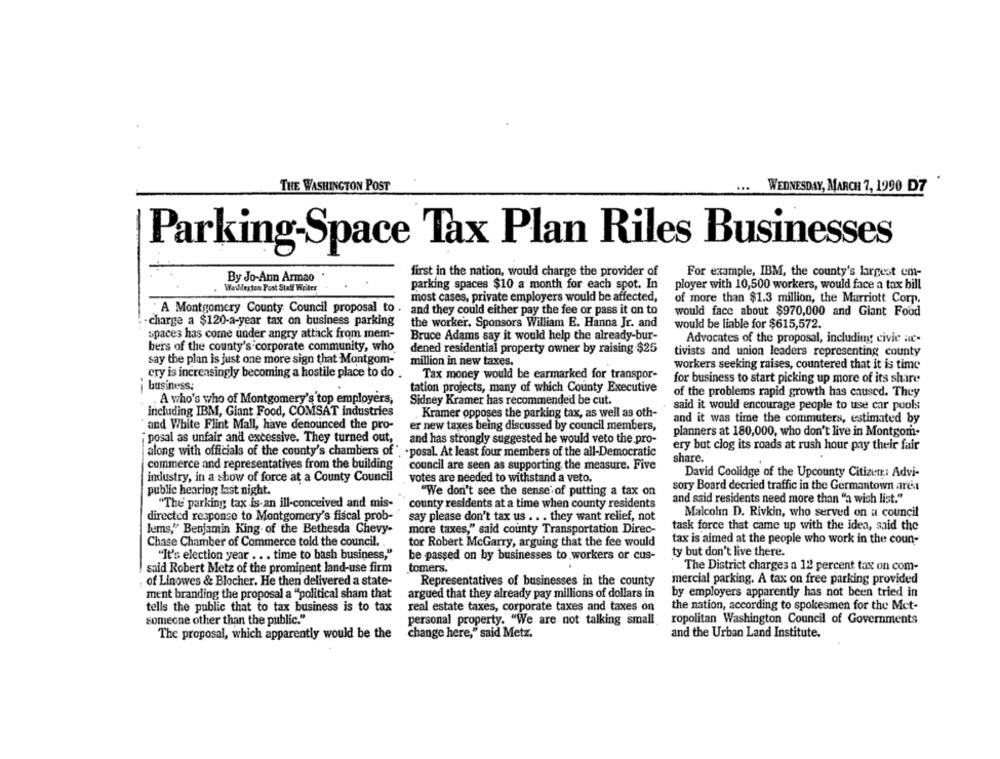
THE WASHINGTON POST
...
WEDNESDAY, MARCH 7, 1990 DZ
Parking-Space Tax Plan Riles Businesses
first in the nation, would charge the provider of
For example, IBM, the county's largest em-
By Jo-Ann Armao
WarMerton Post Staff Writer
parking spaces $10 a month for each spot. In
ployer with 10,500 workers, would face a tax bill
most cases, private employers would be affected,
of more than $1.3 million, the Marriott Corp.
: A Montgomery County Council proposal to
and they could either pay the fee or pass it on to
would face about $970,000 and Giant Food
charge a $120-a-year tax on business parking
the worker. Sponsors William E. Hanna Jr. and
would be liable for $615,572.
spaces has come under angry attack from mem-
Bruce Adams say it would help the already-bur-
Advocates of the proposal, including civic ac-
bers of the county's corporate community, who
dened residential property owner by raising $25
tivists and union leaders representing county
say the plan is just one more sign that Montgom-
million in new taxes.
workers seeking raises, countered that it is time
cry is increasingly becoming a hostile place to do .
Tax money would be earmarked for transpor-
for business to start picking up more of its share
business;
tation projects, many of which County Executive
--
of the problems rapid growth has caused. They
. A who's who of Montgomery's top employers,
Sidney Kramer has recommended be cut.
said it would encourage people to use car pools
including IBM, Giant Food, COMSAT industries
Kramer opposes the parking tax, as well as oth-
and White Flint Mall, have denounced the pro-
and it was time the commuters, estimated by
er new taxes being discussed by council members,
planners at 180,000, who don't live in Montgom-
"posal as unfair and excessive. They turned out,
and has strongly suggested he would veto the pro-
ery but clog its roads at rush hour pay their fair
along with officials of the county's chambers of
.posal. At least four members of the all-Democratic
share.
commerce and representatives from the building
council are seen as supporting the measure. Five
industry, in a show of force at a County Council
votes are needed to withstand a veto.
David Coolidge of the Upcounty Citizen: Advi-
public hearing last night.
"We don't see the sense of putting a tax on
sory Board decried traffic in the Germantown area
and said residents need more than "a wish list."
"The parking tax is an ill-conceived and mis-
county residents at a time when county residents
directed response to Montgomery's fiscal prob-
say please don't tax us . . . they want relief, not
Malcolm D. Rivkin, who served on a council
Jems," Benjamin King of the Bethesda Chevy-
more taxes," said county Transportation Direc-
task force that came up with the idea, said the
tax is aimed at the people who work in the coun-
Chase Chamber of Commerce told the council.
tor Robert McGarry, arguing that the fee would
"It's election year . .. time to bash business,"
ty but don't live there.
be passed on by businesses to workers or cus-
said Robert Metz of the prominent land-use firm
tomers.
The District charges a 12 percent tax on com-
of Linowes & Blocher. He then delivered a state-
Representatives of businesses in the county
mercial parking. A tax on free parking provided
ment branding the proposal a "political sham that
argued that they already pay millions of dollars in
by employers apparently has not been tried in
tells the public that to tax business is to tax
real estate taxes, corporate taxes and taxes on
the nation, according to spokesmen for the Met-
someone other than the public."
personal property. "We are not talking small
ropolitan Washington Council of Governments
The proposal, which apparently would be the
change here," said Metz.
and the Urban Land Institute.